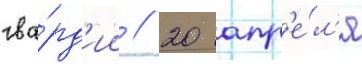
гва́рд'ии // 20 апр'е́л'я